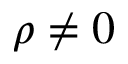
\rho \neq 0